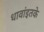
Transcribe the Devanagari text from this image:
धावांइतके